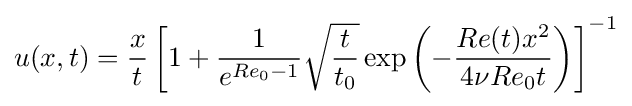
u(x,t)={\frac {x}{t}}\left[1+{\frac {1}{e^{Re_{0}-1}}}{\sqrt {\frac {t}{t_{0}}}}\exp \left(-{\frac {Re(t)x^{2}}{4\nu Re_{0}t}}\right)\right]^{-1}